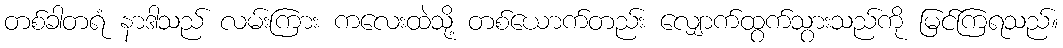
တစ်ခါတရံ နာဒါသည် လမ်းကြား ကလေးထဲသို့ တစ်ယောက်တည်း လျှောက်ထွက်သွားသည်ကို မြင်ကြရသည်။